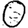
Digit: 0